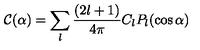
{ \mathcal C } ( \alpha ) = \sum _ { l } { \frac { ( 2 l + 1 ) } { 4 \pi } } C _ { l } P _ { l } ( \cos \alpha )